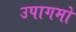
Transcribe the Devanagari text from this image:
उपागमो